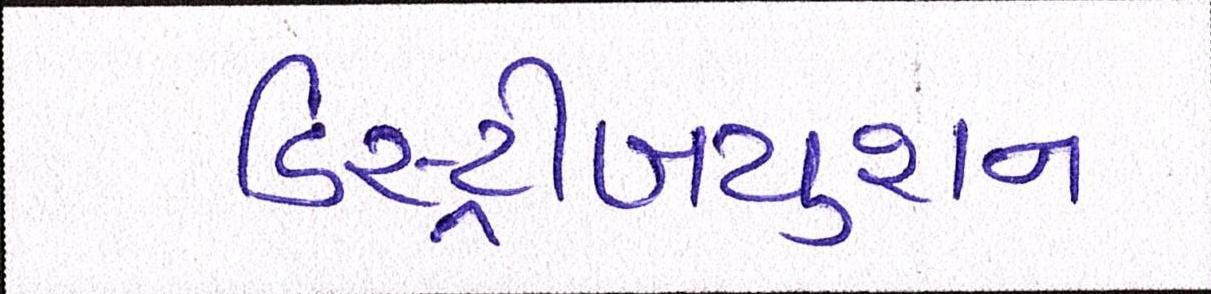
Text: ડિસ્ટ્રીબયુશન